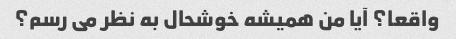
واقعا؟ آیا من همیشه خوشحال به نظر می رسم؟